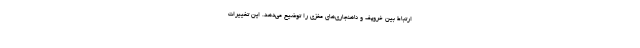
ارتباط بین خروپف و ناهنجاری‌های مغزی را توضیح می‌دهد. این تغییرات